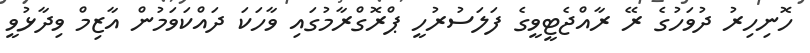
ހޮނިހިރު ދުވަހުގެ ރޭ ރާއްޖެޓީވީގެ ފަލަސުރުހީ ޕްރޮގްރާމުގައި ވާހަކަ ދައްކަވަމުން އާޒިމް ވިދާޅުވީ